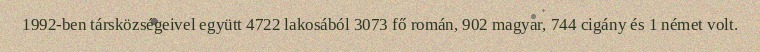
1992-ben társközségeivel együtt 4722 lakosából 3073 fő román, 902 magyar, 744 cigány és 1 német volt.